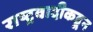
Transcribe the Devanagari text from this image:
राष्ट्रवादीकडून